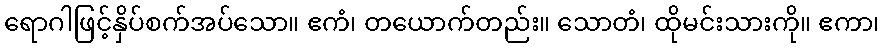
ရောဂါဖြင့်နှိပ်စက်အပ်သော။ ဧကံ၊ တယောက်တည်း။ သောတံ၊ ထိုမင်းသားကို။ ဧကာ၊